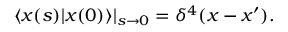
\langle x ( s ) | x ( 0 ) \rangle | _ { s \rightarrow 0 } = \delta ^ { 4 } ( x - x ^ { \prime } ) .